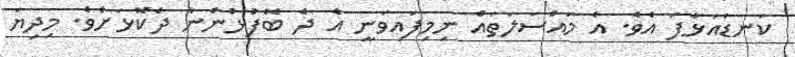
ކަނޑައަޅާފަ އެވެ. އެ މައްސަލަތައް ނިމިފައިވަނީ އެ ދެ ބޭފުޅުންނާ ދެކޮޅަށެވެ. މިދިޔަ